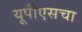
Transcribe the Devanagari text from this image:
यूपीएसचा